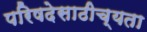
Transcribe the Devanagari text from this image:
परिषदेसाठीच्यता